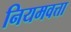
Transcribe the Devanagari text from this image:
नियमवत्ता